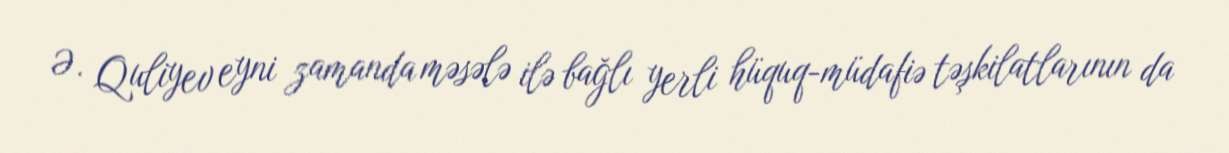
Ə. Quliyev eyni zamanda məsələ ilə bağlı yerli hüquq-müdafiə təşkilatlarının da